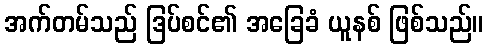
အက်တမ်သည် ဒြပ်စင်၏ အခြေခံ ယူနစ် ဖြစ်သည်။